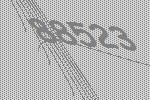
88523